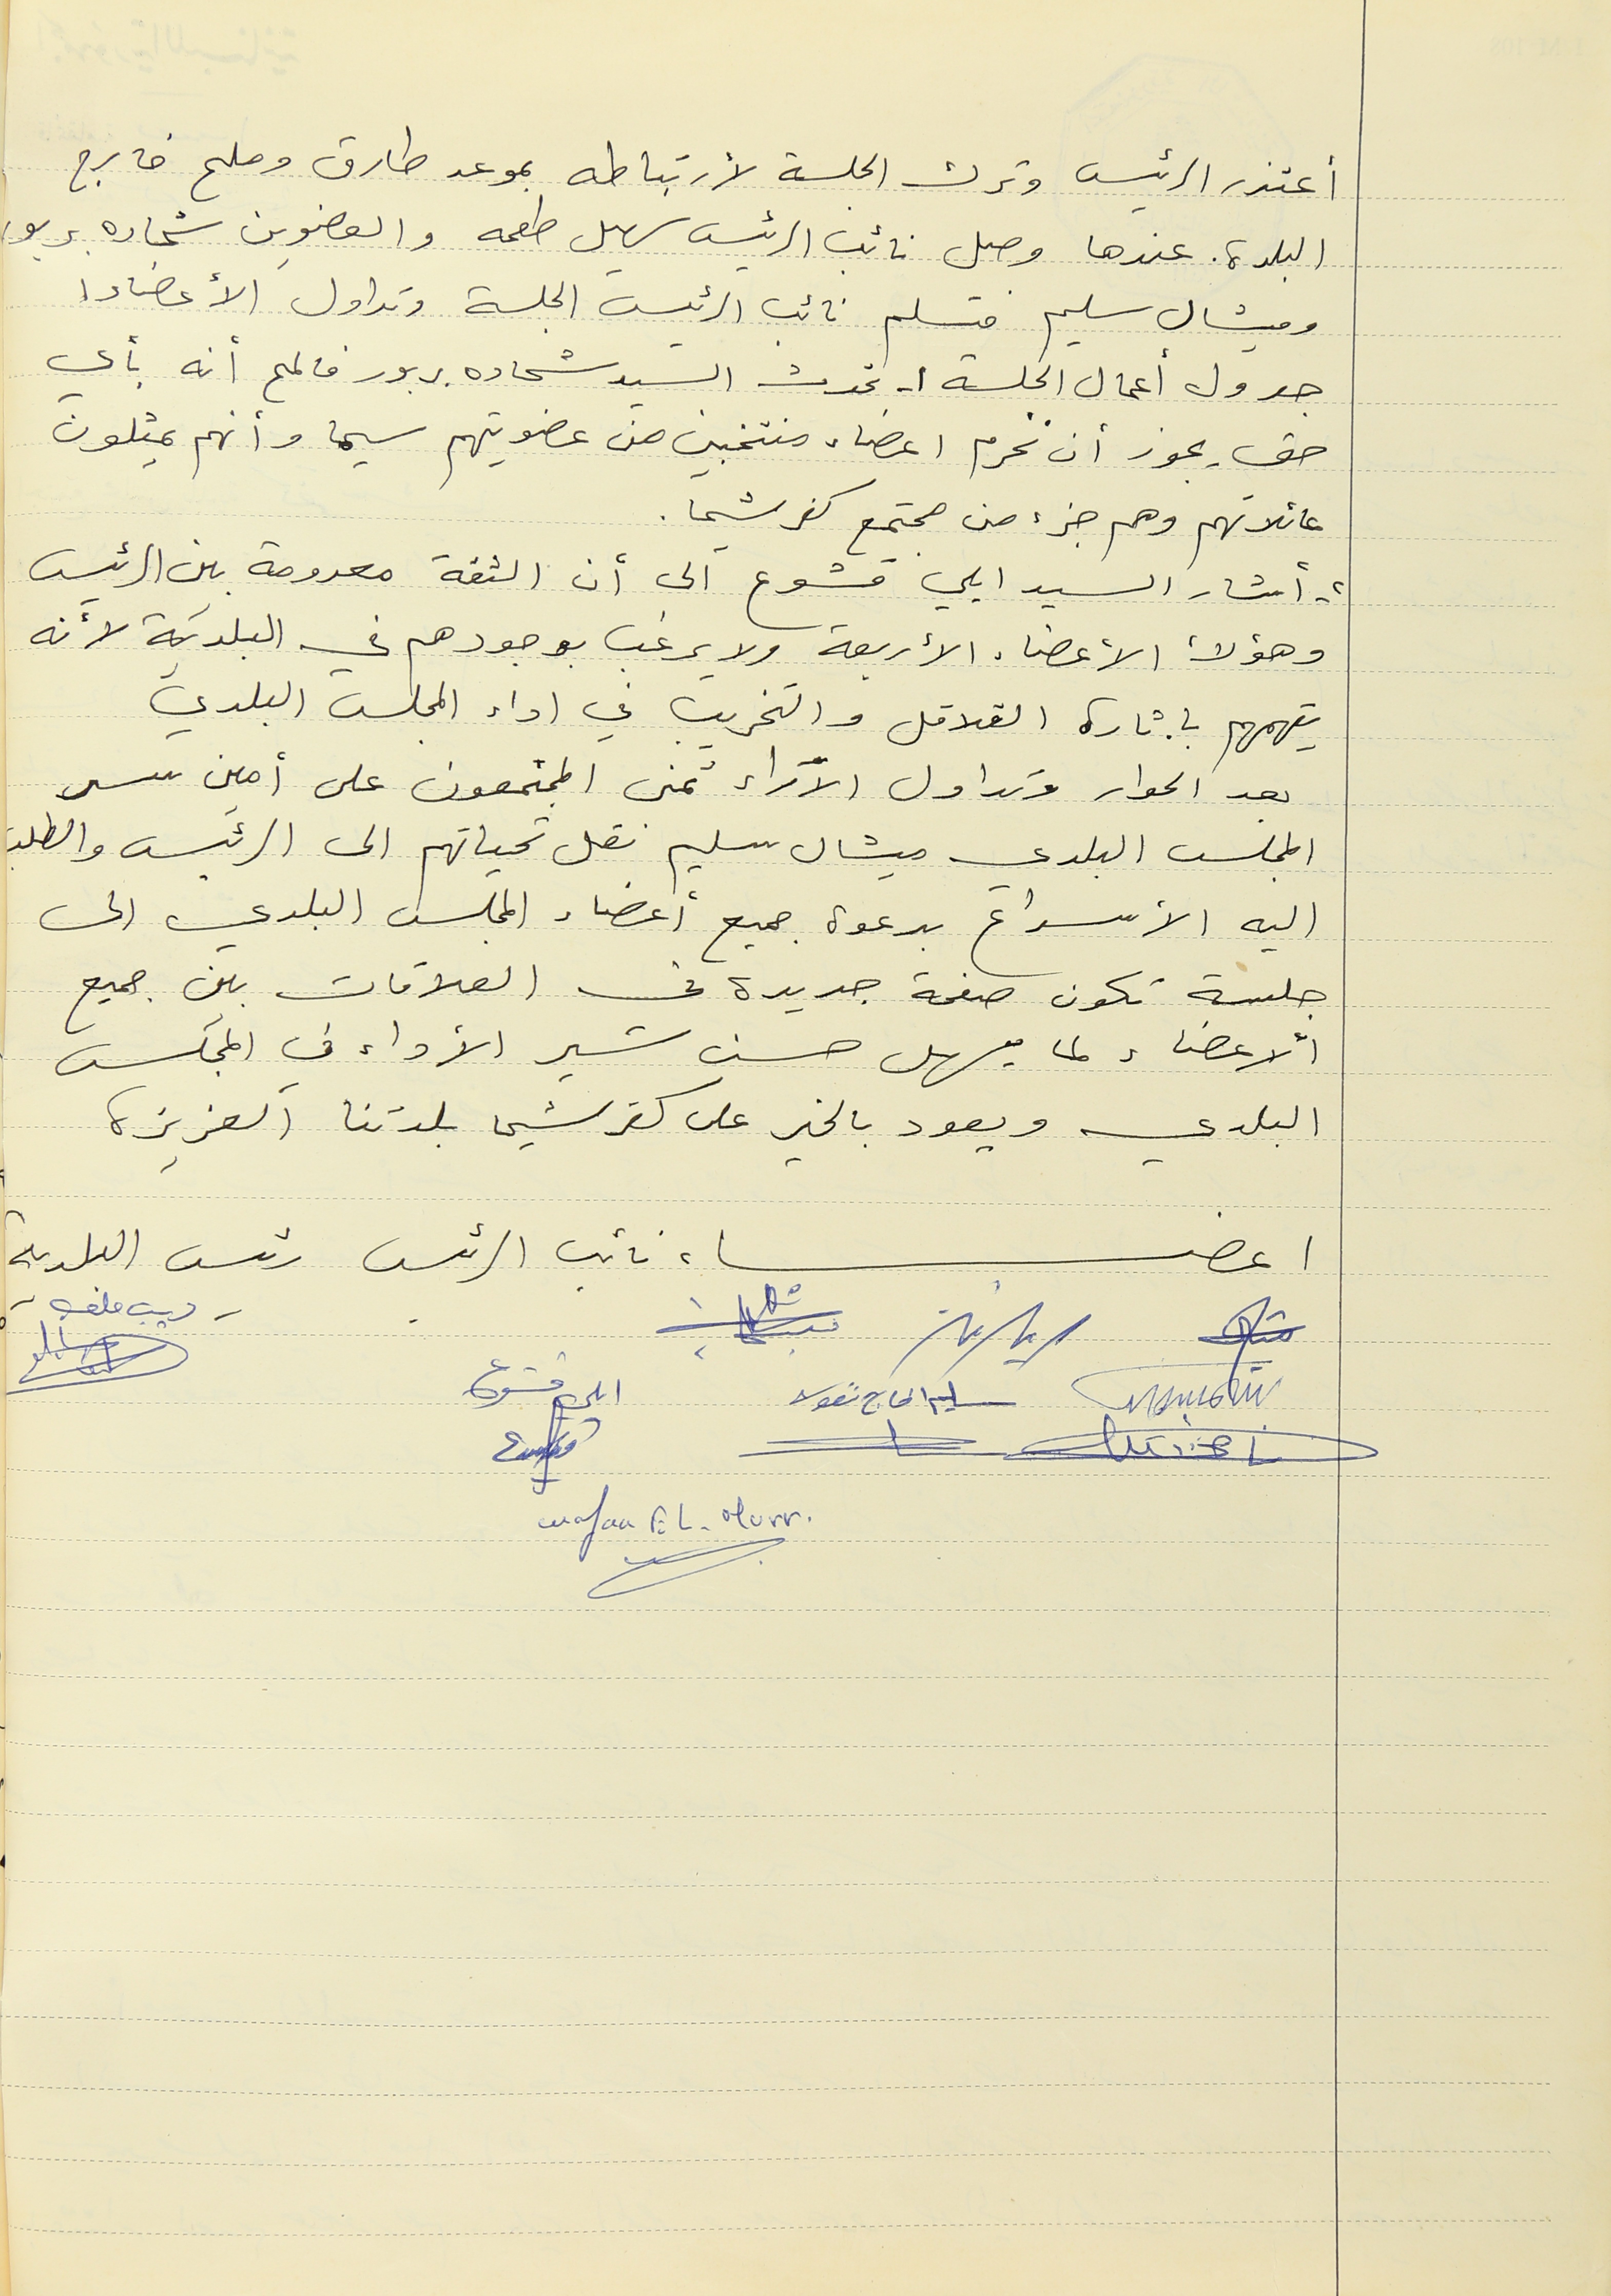
أعتذر الرئيس وترك الجلسة لأرتباطه بموعد طارق وملح خارج
البلدة. عندها وصل نائب الرئيس سهيل طعمه والعضوين شحاده بربور
 وميشال سليم فتسلم نائب الرئيس الجلسة وتداول الأعضاء
جدول أعمال الجلسة ١- تحدث السيد شحاده بربور فالمح أنه بأي
 حق يجوز أن نحرم اعضاء منتخبين من عضويتهم سيما وأنهم يمثلون
عائلاتهم وهم جزء من مجتمع كفرشيما.
٢- أشار السيد ايلي قشوع الى أن الثقة معدومة بين الرئيس
 وهؤلأ الأعضاء الأربعة ولا يرغب بوجودهم في البلدية لأنه
 يتهمهم باثارة القلاقل والتخريب في اداء المجلس البلدي
بعد الحوار وتداول الآراء تمنى المجتمعون على أمين سر
المجلس البلدي ميشال سليم نقل تحياتهم الى الرئيس والطلب
اليه الأسراع بدعوة جميع أعضاء المجلس البلدي الى
جلسة تكون صفحة جديدة في العلاقات بين جميع
الأعضاء لما يسهل حسن سير الأداء في المجلس
البلدي ويعود بالخير على كفرشيما بلدتنا العزيزة
اعضاء نائب الرئس رئيس البلدية
سليم الحاج نقولا ايلي قشوع
ديب ملعب